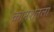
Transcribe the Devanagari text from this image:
कामशेतला